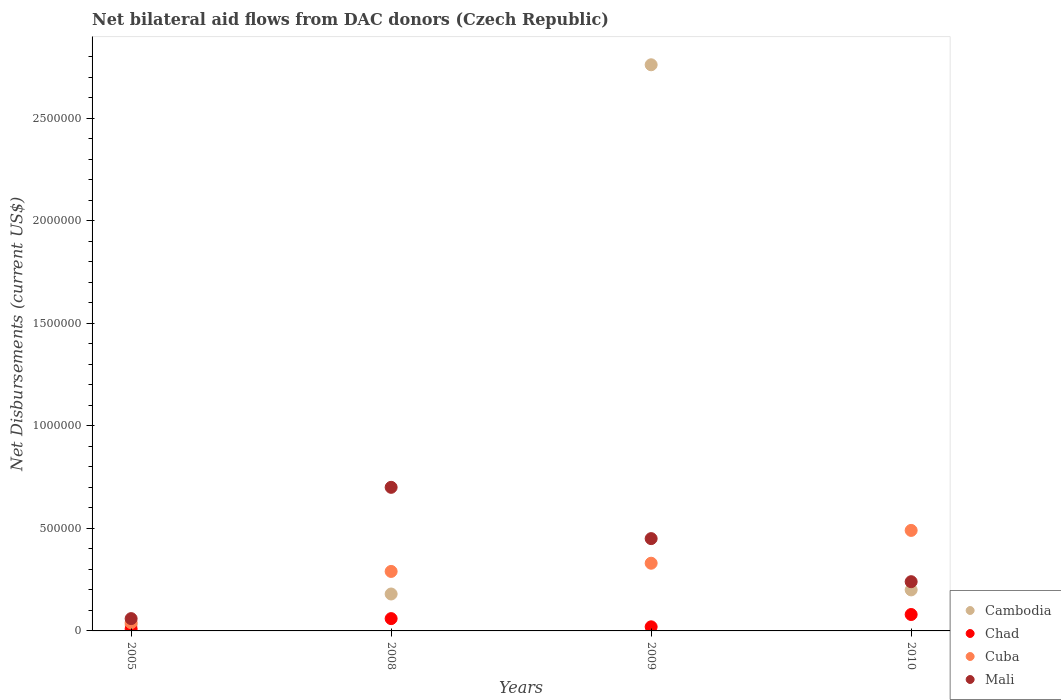
| Years | Cambodia | Chad | Cuba | Mali |
 | --- | --- | --- | --- | --- |
 | 2005 | 3e+04 | 1e+04 | 4e+04 | 6e+04 |
 | 2008 | 1.8e+05 | 6e+04 | 2.9e+05 | 7e+05 |
 | 2009 | 2.76e+06 | 2e+04 | 3.3e+05 | 4.5e+05 |
 | 2010 | 2e+05 | 8e+04 | 4.9e+05 | 2.4e+05 |